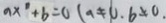
a x ^ { 0 } + b = 0 ( a \neq 0 . b \neq 0 .